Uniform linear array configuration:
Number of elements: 64
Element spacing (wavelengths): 0.75
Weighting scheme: binomial
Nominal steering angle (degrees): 15
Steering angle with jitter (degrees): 15.467
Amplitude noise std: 0.05
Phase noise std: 0.05

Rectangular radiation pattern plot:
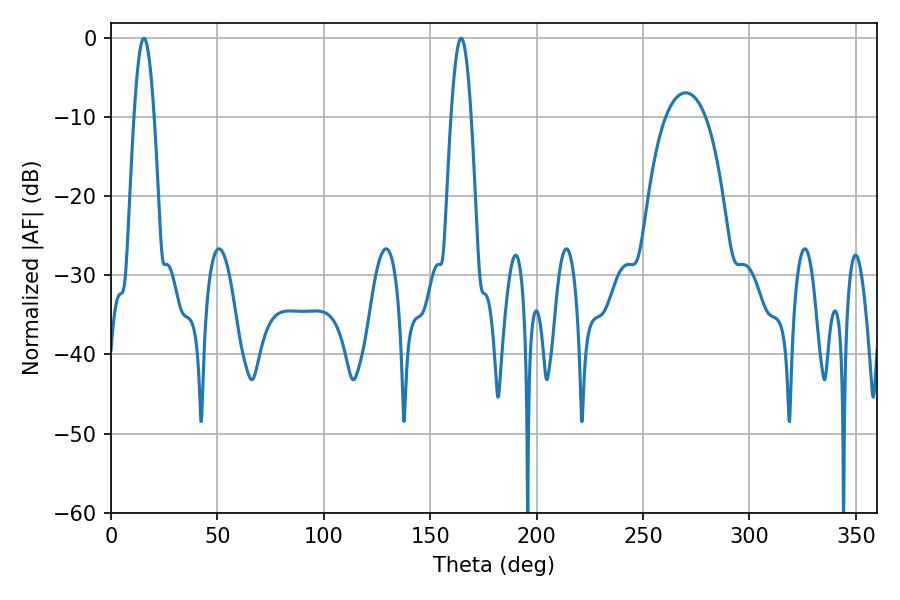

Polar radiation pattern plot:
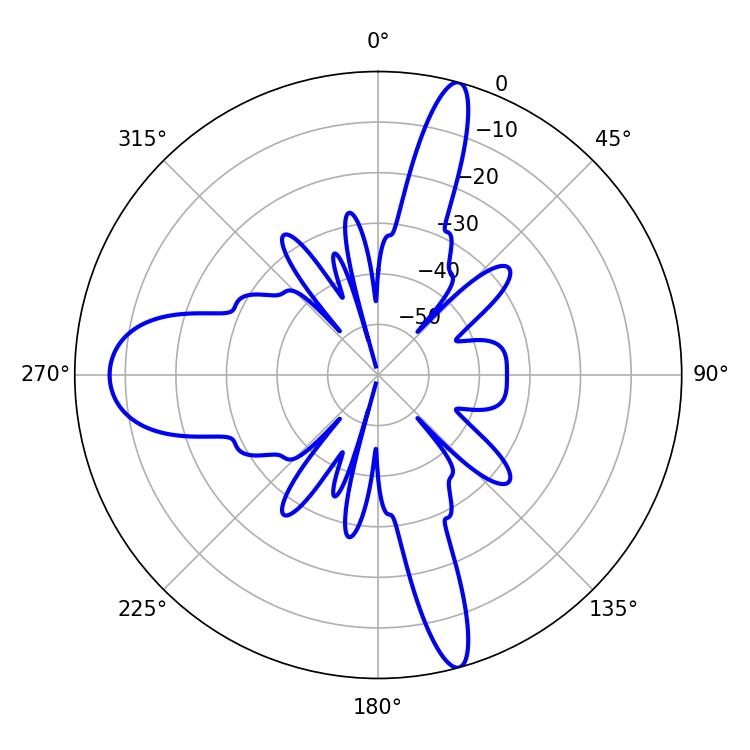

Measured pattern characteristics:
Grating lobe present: TRUE
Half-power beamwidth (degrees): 5.04
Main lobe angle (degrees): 15.48